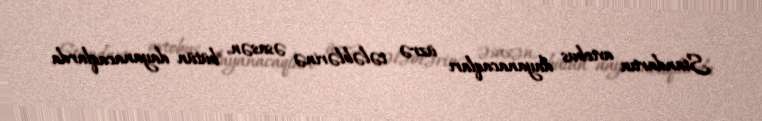
Standartın avtobus dayanacaqları üzrə tələblərinə əsasən, bütün dayanacaqlarda